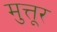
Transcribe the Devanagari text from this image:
मुत्तूर